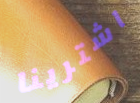
اشترينا